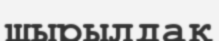
шырылдақ